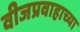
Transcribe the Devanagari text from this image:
वीजप्रवाहाच्या